Lunatic asylums Madras 1877-1891 - 1877-1891
Year: 1877
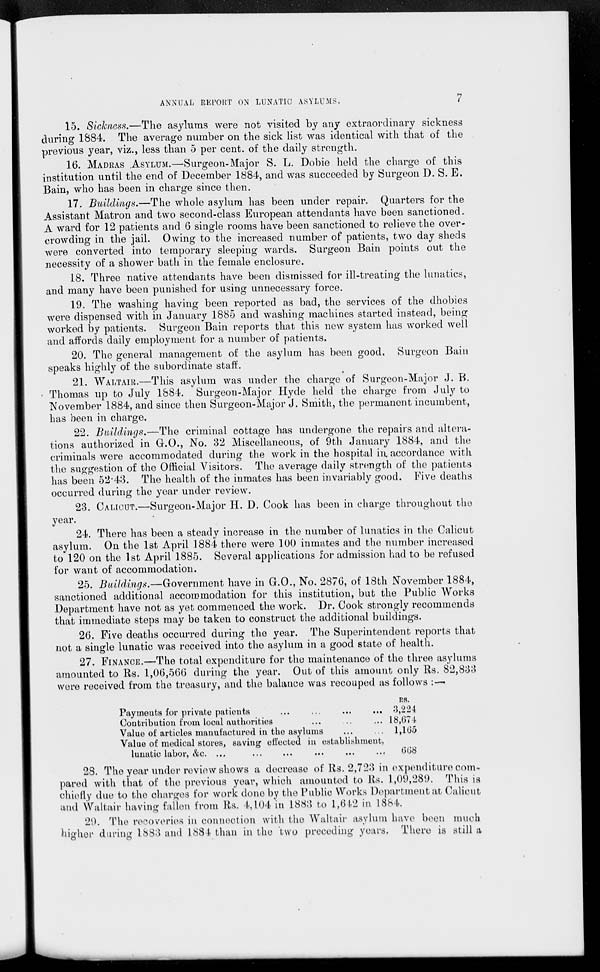
ANNUAL REPORT ON LUNATIC ASYLUMS.
7
15. Sickness.—The asylums were not visited by any extraordinary sickness
during 1884. The average number on the sick list was identical with that of the
previous year, viz., less than 5 per cent. of the daily strength.
16. MADRAS ASYLUM.—Surgeon-Major S. L. Dobie held the charge of this
institution until the end of December 1884, and was succeeded by Surgeon D. S. E.
Bain, who has been in charge since then.
17. Buildings.—The whole asylum has been under repair. Quarters for the
Assistant Matron and two second-class European attendants have been sanctioned.
A ward for 12 patients and 6 single rooms have been sanctioned to relieve the over-
crowding in the jail. Owing to the increased number of patients, two day sheds
were converted into temporary sleeping wards. Surgeon Bain points out the
necessity of a shower bath in the female enclosure.
18. Three native attendants have been dismissed for ill-treating the lunatics,
and many have been punished for using unnecessary force.
19. The washing having been reported as bad, the services of the dhobies
were dispensed with in January 1885 and washing machines started instead, being
worked by patients. Surgeon Bain reports that this new system has worked well
and affords daily employment for a number of patients.
20. The general management of the asylum has been good. Surgeon Bain
speaks highly of the subordinate staff.
21. WALTAIR.—This asylum was under the charge of Surgeon-Major J. B.
Thomas up to July 1884. Surgeon-Major Hyde held the charge from July to
November 1884, and since then Surgeon-Major J. Smith, the permanent incumbent,
has been in charge.
22. Buildings.—The criminal cottage has undergone the repairs and altera-
tions authorized in G.O., No. 32 Miscellaneous, of 9th January 1884, and the
criminals were accommodated during the work in the hospital in, accordance with
the suggestion of the Official Visitors. The average daily strength of the patients
has been 52.43. The health of the inmates has been invariably good. Five deaths
occurred during the year under review.
23. CALICUT.—Surgeon-Major H. D. Cook has been in charge throughout the
year.
24. There has been a steady increase in the number of lunatics in the Calicut
asylum. On the 1st April 1884 there were 100 inmates and the number increased
to 120 on the 1st April 1885. Several applications for admission had to be refused
for want of accommodation.
25. Buildings.—Government have in G.O., No. 2876, of 18th November 1884,
sanctioned additional accommodation for this institution, but the Public Works
Department have not as yet commenced the work. Dr. Cook strongly recommends
that immediate steps may be taken to construct the additional buildings,
26. Five deaths occurred during the year. The Superintendent reports that
not a single lunatic was received into the asylum in a good state of health.
27. FINANCE.—The total expenditure for the maintenance of the three asylums
amounted to Rs. 1,06,566 during the year. Out of this amount only Rs. 82,833
were received from the treasury, and the balance was recouped as follows :—
Payments for private patients
...
...
...
...
Contribution from local authorities ... ... ...
Value of articles manufactured in the asylums ... ...
Value of medical stores, saving effected in establishment,
lunatic labor, &c.
...
...
...
...
...
...
Rs.
3,224
18,674
1,165
668
28. The year under review shows a decrease of Rs. 2,723 in expenditure com-
pared with that of the previous year, which amounted to Rs. 1,09,289. This is
chiefly due to the charges for work done by the Public Works Department at Calicut
and Waltair having fallen from Rs. 4,104 in 1883 to 1,642 in 1884.
29. The recoveries in connection with the Waltair asylum have been much
higher during 1883 and 1884 than in the two preceding years. There is still a